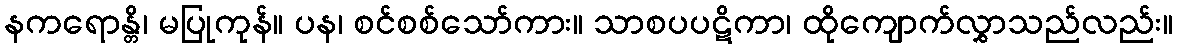
နကရောန္တိ၊ မပြုကုန်။ ပန၊ စင်စစ်သော်ကား။ သာစပပဋိကာ၊ ထိုကျောက်လွှာသည်လည်း။